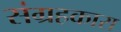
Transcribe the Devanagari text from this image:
संग्रहकारा